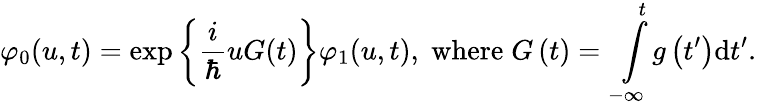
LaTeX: \varphi_{0}(u,t)=\exp\left\{ \frac{i}{\hbar}uG(t)\right\} \varphi_{1}(u,t),\; \mathrm{where}\; G\left(t\right)=\intop_{-\infty}^{t}g\left(t^{\prime}\right)\mathrm{d}t^{\prime}.